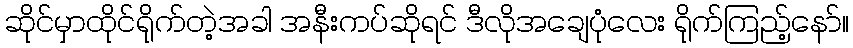
ဆိုင်မှာထိုင်ရိုက်တဲ့အခါ အနီးကပ်ဆိုရင် ဒီလိုအချေပုံလေး ရိုက်ကြည့်နော်။